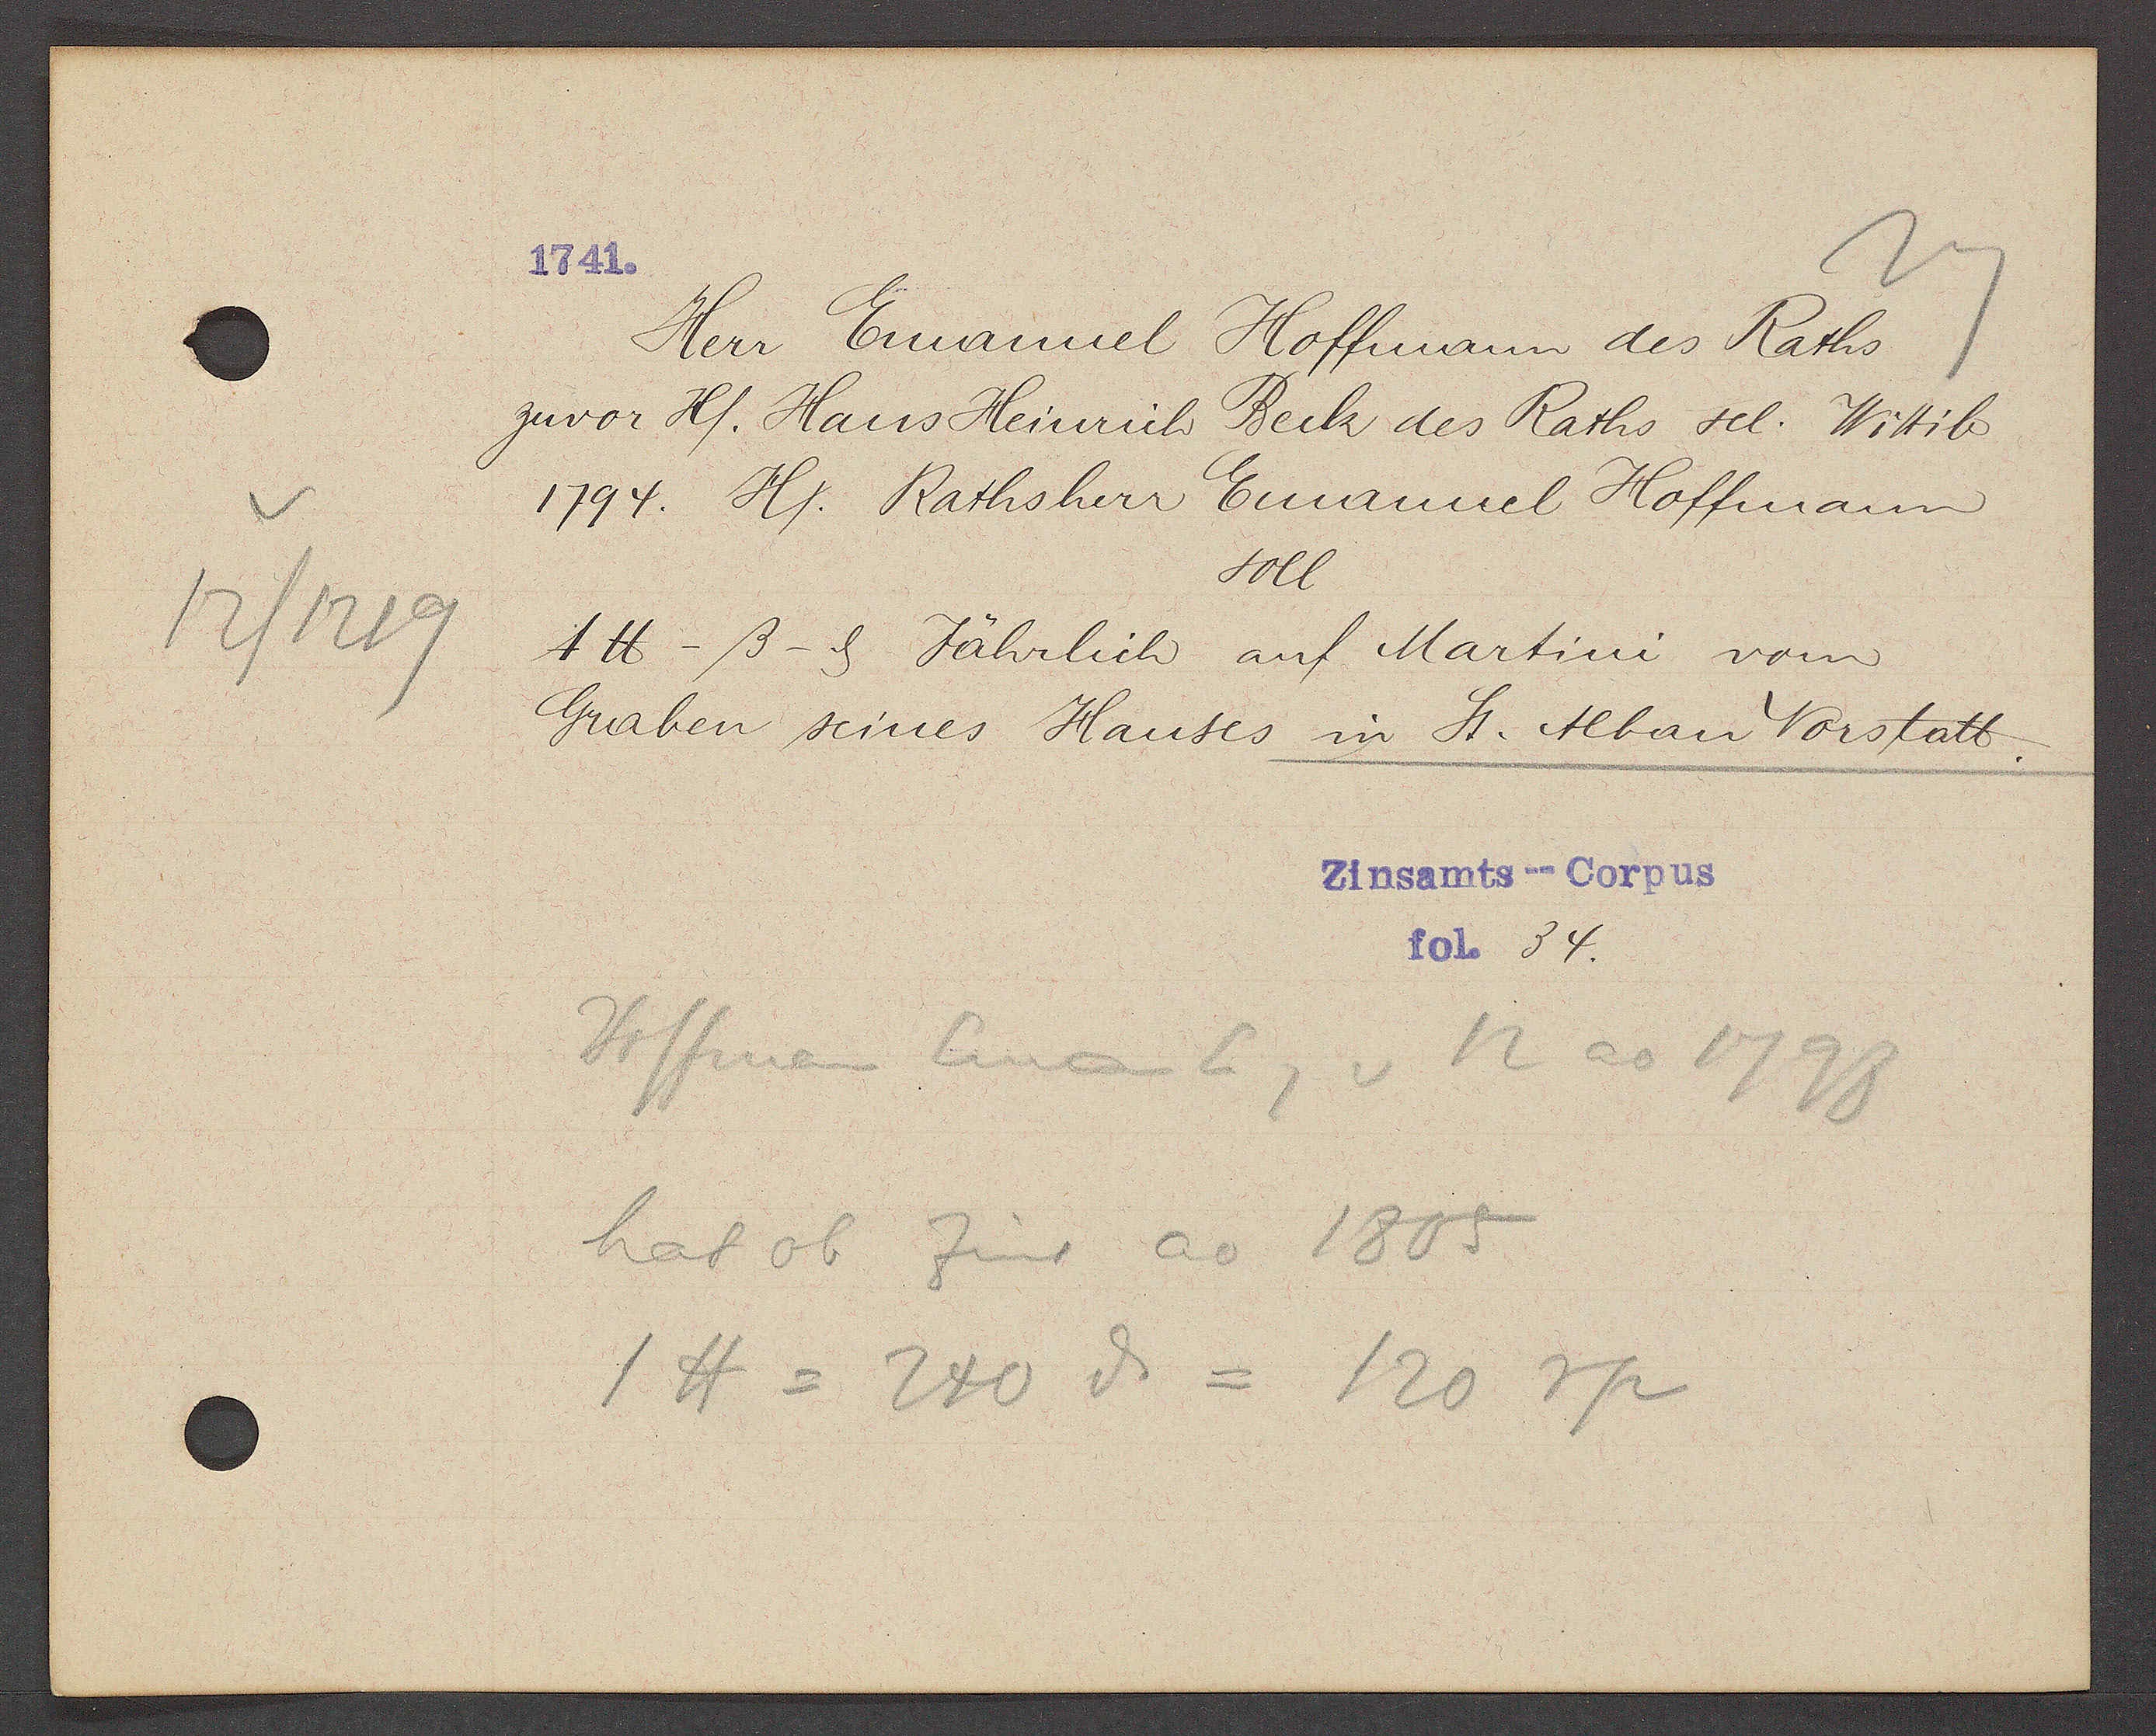
Transcript:
12/1219

1741.

Herr Emanuel Hoffmann des Raths
zuvor H. Hans Heinrich Beck des Raths sel. Wittib
1794. H. Rathsherr Emanuel Hoffmann
soll
4℔ -ß- ȡ Jährlich auf Martini vom
Graben seines Hauses in St. Alban Vorstatt.

Zinsamts--Corpus
fol. 34.

Hoffman Eman Eig v 12 ao 1798
hat ob Zins ao 1805
1℔ = 240 ȡ = 120 rp